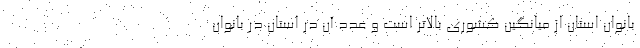
بانوان استان از میانگین کشوری بالاتر است و عدد آن در استان در بانوان